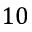
1 0